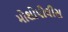
મોશોપોલીસ